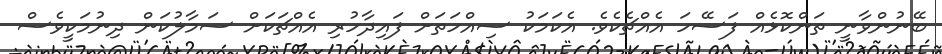
ބޭނުންވާނީ ތަންކޮޅެއް ފަސޭހަ އެއްޗެކެވެ. އެކަމަކު ސިއްހަތަށް ފައިދާހުރި އެއްޗަކަށް ސަމާލުކަން ދިނުމަކީވެސް